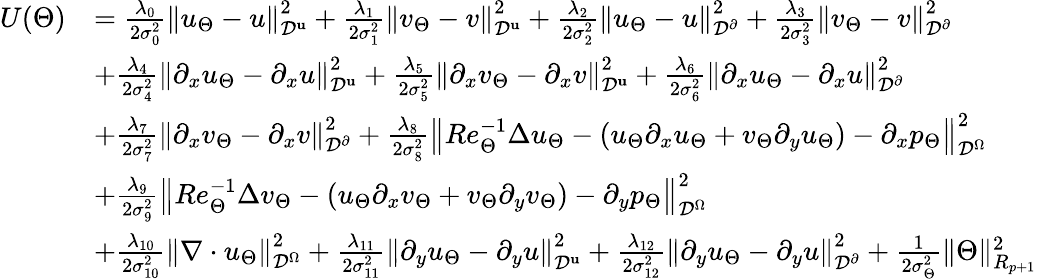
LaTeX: \begin{array}{rl}{U(\Theta)}&{=\frac{\lambda_{0}}{2\sigma_{0}^{2}}\left\| u_{\Theta}-u\right\| _{\mathcal{D}^{\mathbf{u}}}^{2}+\frac{\lambda_{1}}{2\sigma_{1}^{2}}\left\| v_{\Theta}-v\right\| _{\mathcal{D}^{\mathbf{u}}}^{2}+\frac{\lambda_{2}}{2\sigma_{2}^{2}}\left\| u_{\Theta}-u\right\| _{\mathcal{D}^{\partial}}^{2}+\frac{\lambda_{3}}{2\sigma_{3}^{2}}\left\| v_{\Theta}-v\right\| _{\mathcal{D}^{\partial}}^{2}}\\ &{+\frac{\lambda_{4}}{2\sigma_{4}^{2}}\left\| \partial_{x}u_{\Theta}-\partial_{x}u\right\| _{\mathcal{D}^{\mathbf{u}}}^{2}+\frac{\lambda_{5}}{2\sigma_{5}^{2}}\left\| \partial_{x}v_{\Theta}-\partial_{x}v\right\| _{\mathcal{D}^{\mathbf{u}}}^{2}+\frac{\lambda_{6}}{2\sigma_{6}^{2}}\left\| \partial_{x}u_{\Theta}-\partial_{x}u\right\| _{\mathcal{D}^{\partial}}^{2}}\\ &{+\frac{\lambda_{7}}{2\sigma_{7}^{2}}\left\| \partial_{x}v_{\Theta}-\partial_{x}v\right\| _{\mathcal{D}^{\partial}}^{2}+\frac{\lambda_{8}}{2\sigma_{8}^{2}}\left\| Re_{\Theta}^{-1}\Delta u_{\Theta}-(u_{\Theta}\partial_{x}u_{\Theta}+v_{\Theta}\partial_{y}u_{\Theta})-\partial_{x}p_{\Theta}\right\| _{\mathcal{D}^{\Omega}}^{2}}\\ &{+\frac{\lambda_{9}}{2\sigma_{9}^{2}}\left\| Re_{\Theta}^{-1}\Delta v_{\Theta}-(u_{\Theta}\partial_{x}v_{\Theta}+v_{\Theta}\partial_{y}v_{\Theta})-\partial_{y}p_{\Theta}\right\| _{\mathcal{D}^{\Omega}}^{2}}\\ &{+\frac{\lambda_{10}}{2\sigma_{10}^{2}}\left\| \nabla\cdot u_{\Theta}\right\| _{\mathcal{D}^{\Omega}}^{2}+\frac{\lambda_{11}}{2\sigma_{11}^{2}}\left\| \partial_{y}u_{\Theta}-\partial_{y}u\right\| _{\mathcal{D}^{\mathbf{u}}}^{2}+\frac{\lambda_{12}}{2\sigma_{12}^{2}}\left\| \partial_{y}u_{\Theta}-\partial_{y}u\right\| _{\mathcal{D}^{\partial}}^{2}+\frac{1}{2\sigma_{\Theta}^{2}}\| \Theta\| _{R_{p+1}}^{2}}\end{array}